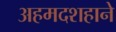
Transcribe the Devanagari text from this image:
अहमदशहाने